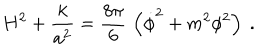
H ^ { 2 } + { \frac { k } { a ^ { 2 } } } = { \frac { 8 \pi } { 6 } } \, \left( \dot { \phi } ^ { 2 } + m ^ { 2 } \phi ^ { 2 } \right) \ .